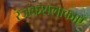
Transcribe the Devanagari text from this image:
रंजकशलाकाएँ